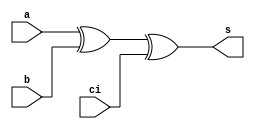
module fa_v2(a, b, ci, s); // for cla
	input a, b, ci; // input ports
	output s; // output ports
	
	assign s = a ^ b ^ ci; 
	
endmodule